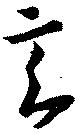
玄